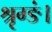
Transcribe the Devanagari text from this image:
श्रृग्ङं।